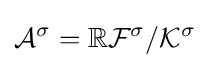
{\mathcal {A}}^{\sigma }=\mathbb {R} {\mathcal {F}}^{\sigma }/{\mathcal {K}}^{\sigma }